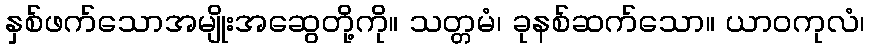
နှစ်ဖက်သောအမျိုးအဆွေတို့ကို။ သတ္တမံ၊ ခုနစ်ဆက်သော။ ယာဝကုလံ၊